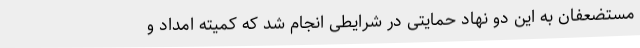
مستضعفان به این دو نهاد حمایتی در شرایطی انجام شد که کمیته امداد و